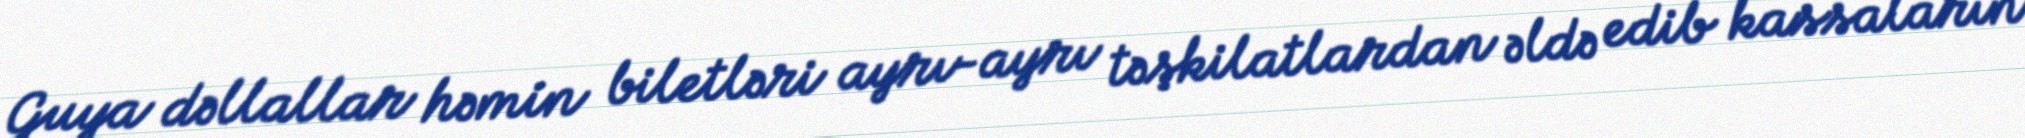
Guya dəllallar həmin biletləri ayrı-ayrı təşkilatlardan əldə edib kassaların